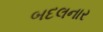
બદલનાર